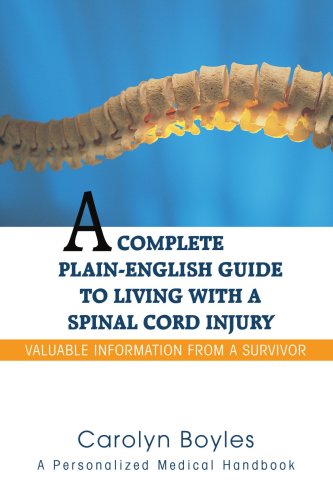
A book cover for A Complete Plain-English Guide to Living with a Spinal Cord Injury: Valuable Information From a Survivor; Carolyn Boyles; Health, Fitness & Dieting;